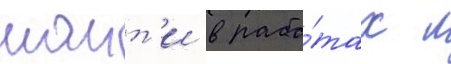
наит'и в рабо́тах л